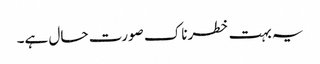
یہ بہت خطرناک صورت حال ہے۔